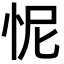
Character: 怩